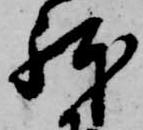
躰